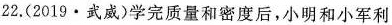
22.(2019·武威)学完质量和密度后，小明和小军利